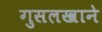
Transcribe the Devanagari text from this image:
गुसलखाने